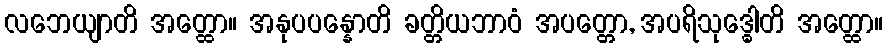
လဘေယျာတိ အတ္ထော။ အနုပပန္နောတိ ခတ္တိယဘာဝံ အပတ္တော, အပရိသုဒ္ဓေါတိ အတ္ထော။